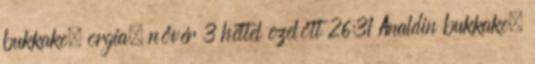
bukkake, orgia, nővér 3 héttel ezelőtt 26:31 Analdin bukkake,